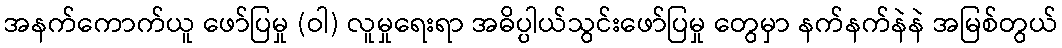
အနက်ကောက်ယူ ဖော်ပြမှု (ဝါ) လူမှုရေးရာ အဓိပ္ပါယ်သွင်းဖော်ပြမှု တွေမှာ နက်နက်နဲနဲ အမြစ်တွယ်